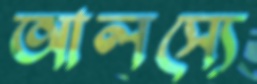
আলস্যে